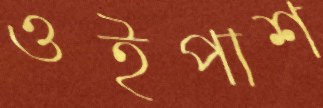
ওইপাশ